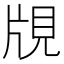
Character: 覑